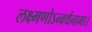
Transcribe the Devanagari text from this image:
लक्ष्मणोऽन्वर्थनामा।